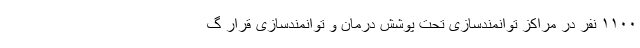
۱۱۰۰ نفر در مراکز توانمندسازی تحت پوشش درمان و توانمندسازی قرار گ